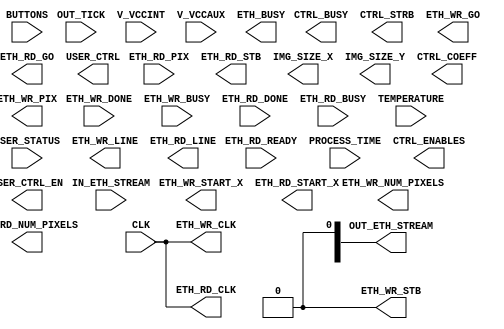
module BRD_PACKET_ENGINE (

  // input signals
  input CLK,
  input OUT_TICK,
  input ETH_WR_DONE,
  input ETH_WR_BUSY,
  input ETH_RD_DONE,
  input ETH_RD_BUSY,
  input ETH_RD_READY,

  // input vectors
  input [9:0] IN_ETH_STREAM,
  input [23:0] PROCESS_TIME,
  input [15:0] TEMPERATURE,
  input [15:0] V_VCCINT,
  input [15:0] V_VCCAUX,
  input [7:0] BUTTONS,
  input [23:0] ETH_RD_PIX,
  input [127:0] USER_STATUS,

  // output signals
  output ETH_WR_CLK,
  output ETH_WR_STB,
  output ETH_RD_CLK,

  // output vectors
  output [9:0] OUT_ETH_STREAM,

  // registered output signals
  output reg ETH_BUSY,
  output reg CTRL_BUSY,
  output reg CTRL_STRB,
  output reg ETH_WR_GO,
  output reg ETH_RD_GO,
  output reg ETH_RD_STB,

  // registered output vectors
  output reg [15:0] CTRL_ENABLES,
  output reg [15:0] IMG_SIZE_X,
  output reg [15:0] IMG_SIZE_Y,
  output reg [399:0] CTRL_COEFF,
  output reg [15:0] ETH_WR_START_X,
  output reg [15:0] ETH_WR_LINE,
  output reg [15:0] ETH_WR_NUM_PIXELS,
  output reg [23:0] ETH_WR_PIX,
  output reg [15:0] ETH_RD_START_X,
  output reg [15:0] ETH_RD_LINE,
  output reg [15:0] ETH_RD_NUM_PIXELS,
  output reg [7:0] USER_CTRL_EN,
  output reg [15:0] USER_CTRL
);

/*******************************************************************
*    Parameters
*******************************************************************/

  parameter [7:0] FIRMWARE_VERSION = 8'hff;
  parameter [39:0] BOARD_TYPE = 40'h53_50_36_30_31;
  parameter SERVER_MAC = 	48'h00_10_8B_F1_F5_7D;
  parameter MY_MAC = 	48'h00_10_8B_F1_F5_7E;
  parameter OP_CONTROL = 	8'h01;
  parameter OP_STATUS = 	8'h02;
  parameter OP_WRITE = 	8'h03;
  parameter OP_READ = 	8'h04;
  parameter OP_USER_CONTROL = 	8'h05;
  parameter MAX_PAYLOAD = 	8'd56;

/*******************************************************************
*    Local Signal Declarations
*******************************************************************/

  // scalar signals
  wire in_cke;
  wire in_frm;
  wire e_rd_stb;

  // scalar registers
  reg opcode_is_control;
  reg snd_ctrl_ack;
  reg snd_status_ack;
  reg wr_dat_en;
  reg snd_wr_ack;
  reg rd_rdy_lat;
  reg snd_rd_ack;
  reg snd_user_ctrl_ack;
  reg tx_frm;

  // vector signals
  wire [7:0] in_dat;

  // vector registers
  reg [10:0] rx_cnt;
  reg [7:0] rx_opcode;
  reg [MAX_PAYLOAD:1] pyld_byte_en;
  reg [2:0] wr_1_every_3_sr;
  reg [10:0] wr_cnt;
  reg [15:0] rd_pyld_len;
  reg [15:0] rd_tx_cnt;
  reg [2:0] rd_1_every_3_sr;
  reg [10:0] rd_cnt;
  reg [10:0] tx_cnt;
  reg [567:0] tx_shift;

/*******************************************************************
*    Initial Values
*******************************************************************/

  initial begin
    rx_cnt = 0;
    rx_opcode = 0;
    pyld_byte_en = 0;
    opcode_is_control = 0;
    snd_ctrl_ack = 0;
    snd_status_ack = 0;
    wr_dat_en =  0;
    wr_1_every_3_sr = 0;
    wr_cnt =  0;
    snd_wr_ack = 0;
    rd_pyld_len = 0;
    rd_tx_cnt = 0;
    rd_rdy_lat = 0;
    snd_rd_ack = 0;
    rd_1_every_3_sr = 0;
    rd_cnt =  0;
    snd_user_ctrl_ack = 0;
    tx_cnt =  0;
    tx_frm =  0;
    tx_shift = 0;
  end

/*******************************************************************
*    Static Assignments
*******************************************************************/

  assign ETH_WR_CLK = CLK;
  assign ETH_WR_STB =  wr_1_every_3_sr[2];
  assign ETH_RD_CLK = CLK;

endmodule